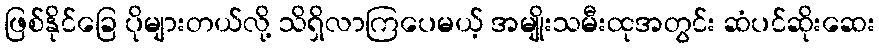
ဖြစ်နိုင်ခြေ ပိုများတယ်လို့ သိရှိလာကြပေမယ့် အမျိုးသမီးထုအတွင်း ဆံပင်ဆိုးဆေး